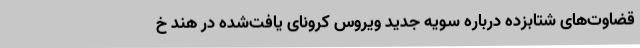
قضاوت‌های شتابزده درباره سویه جدید ویروس کرونای یافت‌شده در هند خ